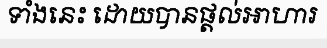
ទាំងនេះ ដោយបានផ្តល់អាហារ